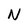
Character: N